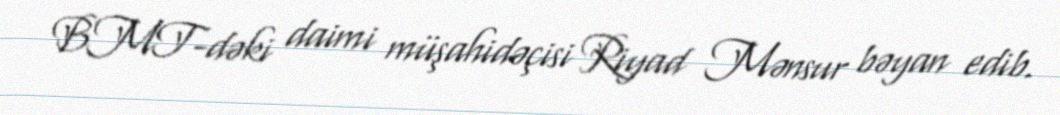
BMT-dəki daimi müşahidəçisi Riyad Mənsur bəyan edib.